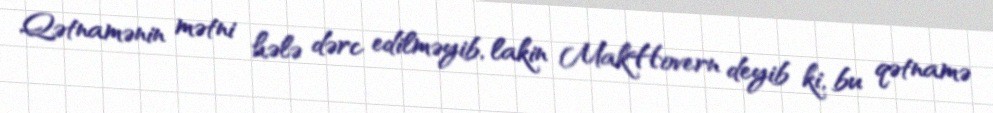
Qətnamənin mətni hələ dərc edilməyib, lakin MakHovern deyib ki, bu qətnamə